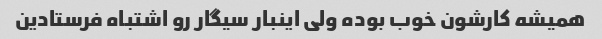
همیشه کارشون خوب بوده ولی اینبار سیگار رو اشتباه فرستادین